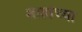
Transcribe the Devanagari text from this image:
शाहांच्या